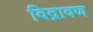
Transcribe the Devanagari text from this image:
विद्रावण